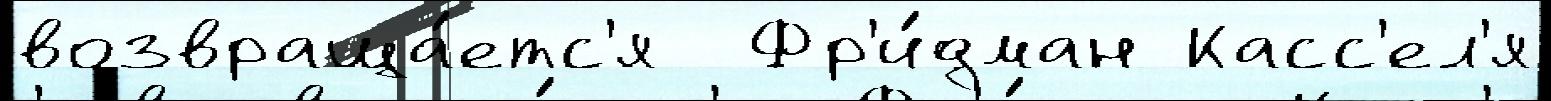
возвраща́етс'я  Фр'и́дман Касс'ел'я